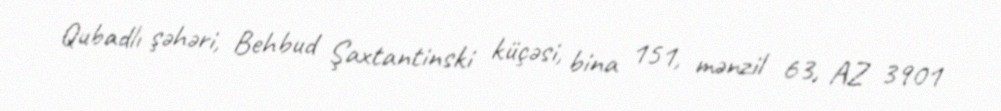
Qubadlı şəhəri, Behbud Şaxtantinski küçəsi, bina 151, mənzil 63, AZ 3901